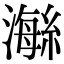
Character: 𤀇